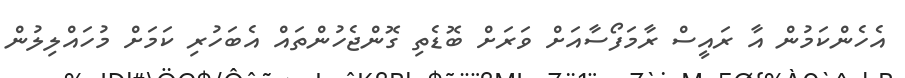
އެހެންކަމުން އާ ރައީސް ރާމަފޯސާއަށް ވަރަށް ބޮޑެތި ގޮންޖެހުންތައް އެބަހުރި ކަމަށް މުހައްލިލުން